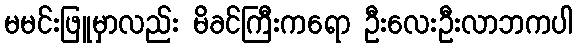
မမင်းဖြူမှာလည်း မိခင်ကြီးကရော ဦးလေးဦးလာဘကပါ